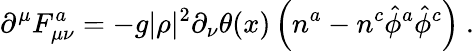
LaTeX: \partial^{\mu}F_{\mu\nu}^{a}=-g|\rho|^{2}\partial_{\nu}\theta(x)\left(n^{a}-n^{c}{\hat{\phi}}^{a}{\hat{\phi}}^{c}\right)~.